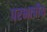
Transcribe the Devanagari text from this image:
परभाषीय